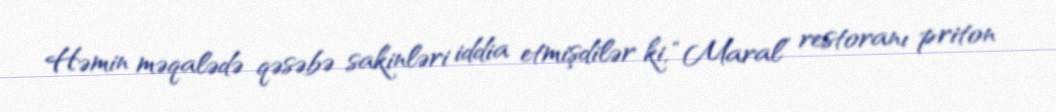
Həmin məqalədə qəsəbə sakinləri iddia etmişdilər ki, “Maral” restoranı priton